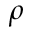
\rho